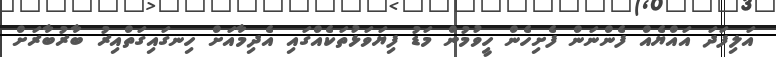
އަލިފަދަ އައްޔެއް ފެންނަން ފެށިހެން ހީވުމުން މަޑު ފިޔަވަޅުތަކެއްގައި އެދިމާއަށް ހިނގައިގަތްއިރު ބާރުބާރަށް